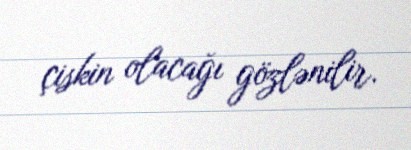
çiskin olacağı gözlənilir.